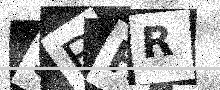
Text: SBHR